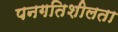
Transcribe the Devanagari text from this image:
पनगतिशीलता